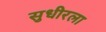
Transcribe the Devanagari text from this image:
सुधीरला